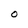
Character: 0